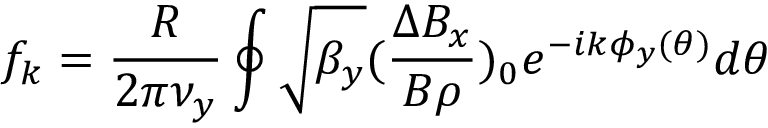
f _ { k } = \frac { R } { 2 \pi \nu _ { y } } \oint \sqrt { \beta _ { y } } ( \frac { \Delta B _ { x } } { B \rho } ) _ { 0 } e ^ { - i k \phi _ { y } ( \theta ) } d \theta